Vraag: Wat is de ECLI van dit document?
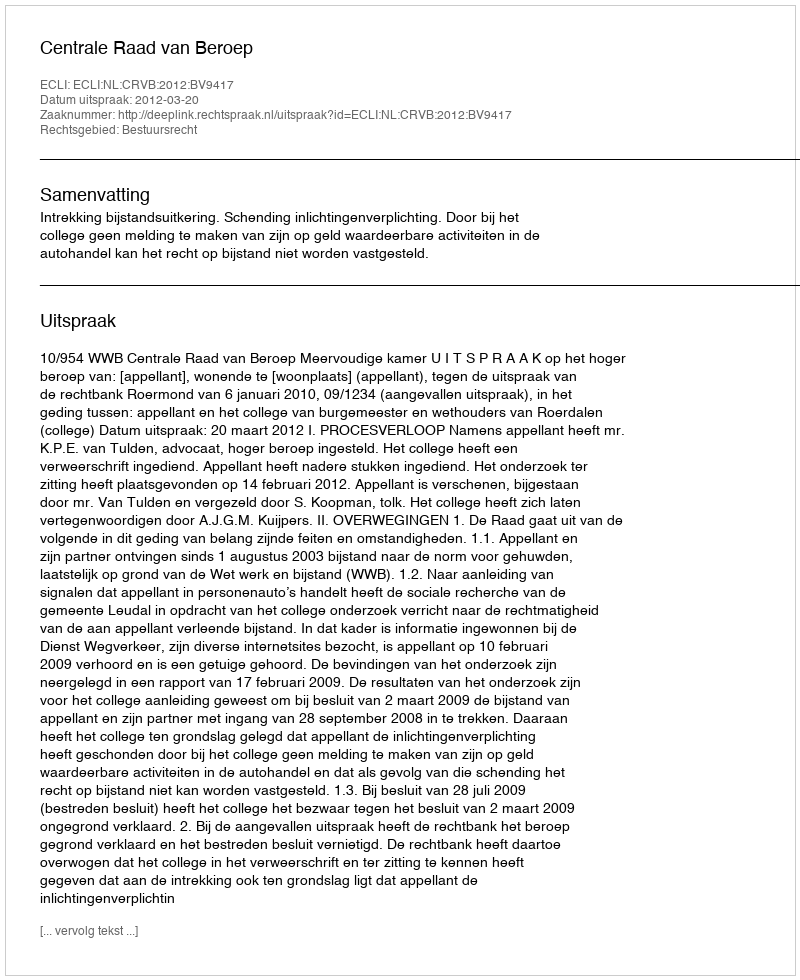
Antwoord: ECLI:NL:CRVB:2012:BV9417